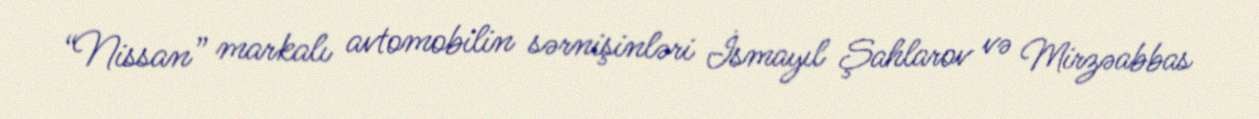
“Nissan” markalı avtomobilin sərnişinləri İsmayıl Şahlarov və Mirzəabbas